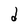
Character: d